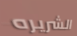
الشريره